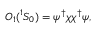
{ \cal O } _ { 1 } ( { } ^ { 1 } S _ { 0 } ) = \psi ^ { \dagger } \chi \chi ^ { \dagger } \psi ,